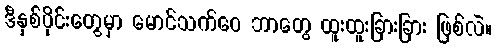
ဒီနှစ်ပိုင်းတွေမှာ မောင်သက်ဝေ ဘာတွေ ထူးထူးခြားခြား ဖြစ်လဲ။